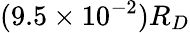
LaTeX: (9.5\times 10^{-2})R_{D}